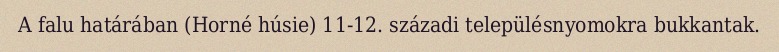
A falu határában (Horné húsie) 11-12. századi településnyomokra bukkantak.